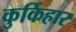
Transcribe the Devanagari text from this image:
कुर्किहार